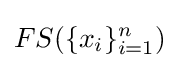
FS(\{x_{i}\}_{i=1}^{n})